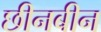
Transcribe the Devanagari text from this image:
छीनबीन